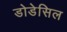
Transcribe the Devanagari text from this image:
डोडेसिल